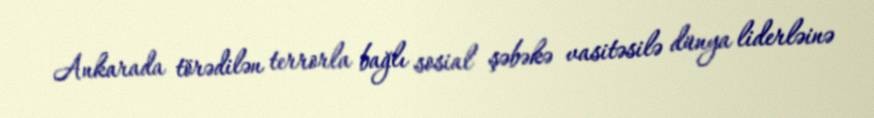
Ankarada törədilən terrorla bağlı sosial şəbəkə vasitəsilə dünya liderləinə